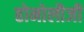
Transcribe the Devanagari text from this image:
होमोलौजी